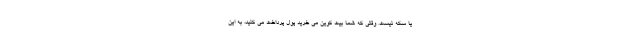
یا سکه نیست. وقتی که شما بیت کوین می خرید پول پرداخت می کنید، به این